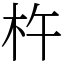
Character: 杵